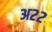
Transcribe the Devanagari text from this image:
अ२२